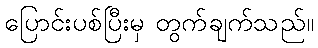
ပြောင်းပစ်ပြီးမှ တွက်ချက်သည်။